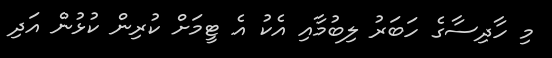
މި ހާދިސާގެ ހަބަރު ލިބުމާއި އެކު އެ ޓީމަށް ކުރިން ކުޅުން އަދި